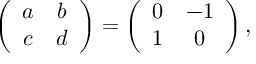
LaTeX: \left( \begin{array} { c c } { { a } } & { { b } } \\ { { c } } & { { d } } \end{array} \right) = \left( \begin{array} { c c } { { 0 } } & { { - 1 } } \\ { { 1 } } & { { 0 } } \end{array} \right) ,